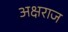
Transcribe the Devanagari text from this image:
अक्षराज